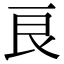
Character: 良